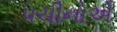
પચીનોએ